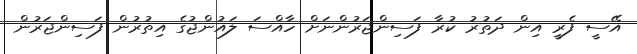
އޭސީ ފެރީ އިން ދަތުރު ކުރާ ފަސިންޖަރުންނަށް ހާއްސަ ލައުންޖުގެ އިތުރުން ފަސިންޖަރުން